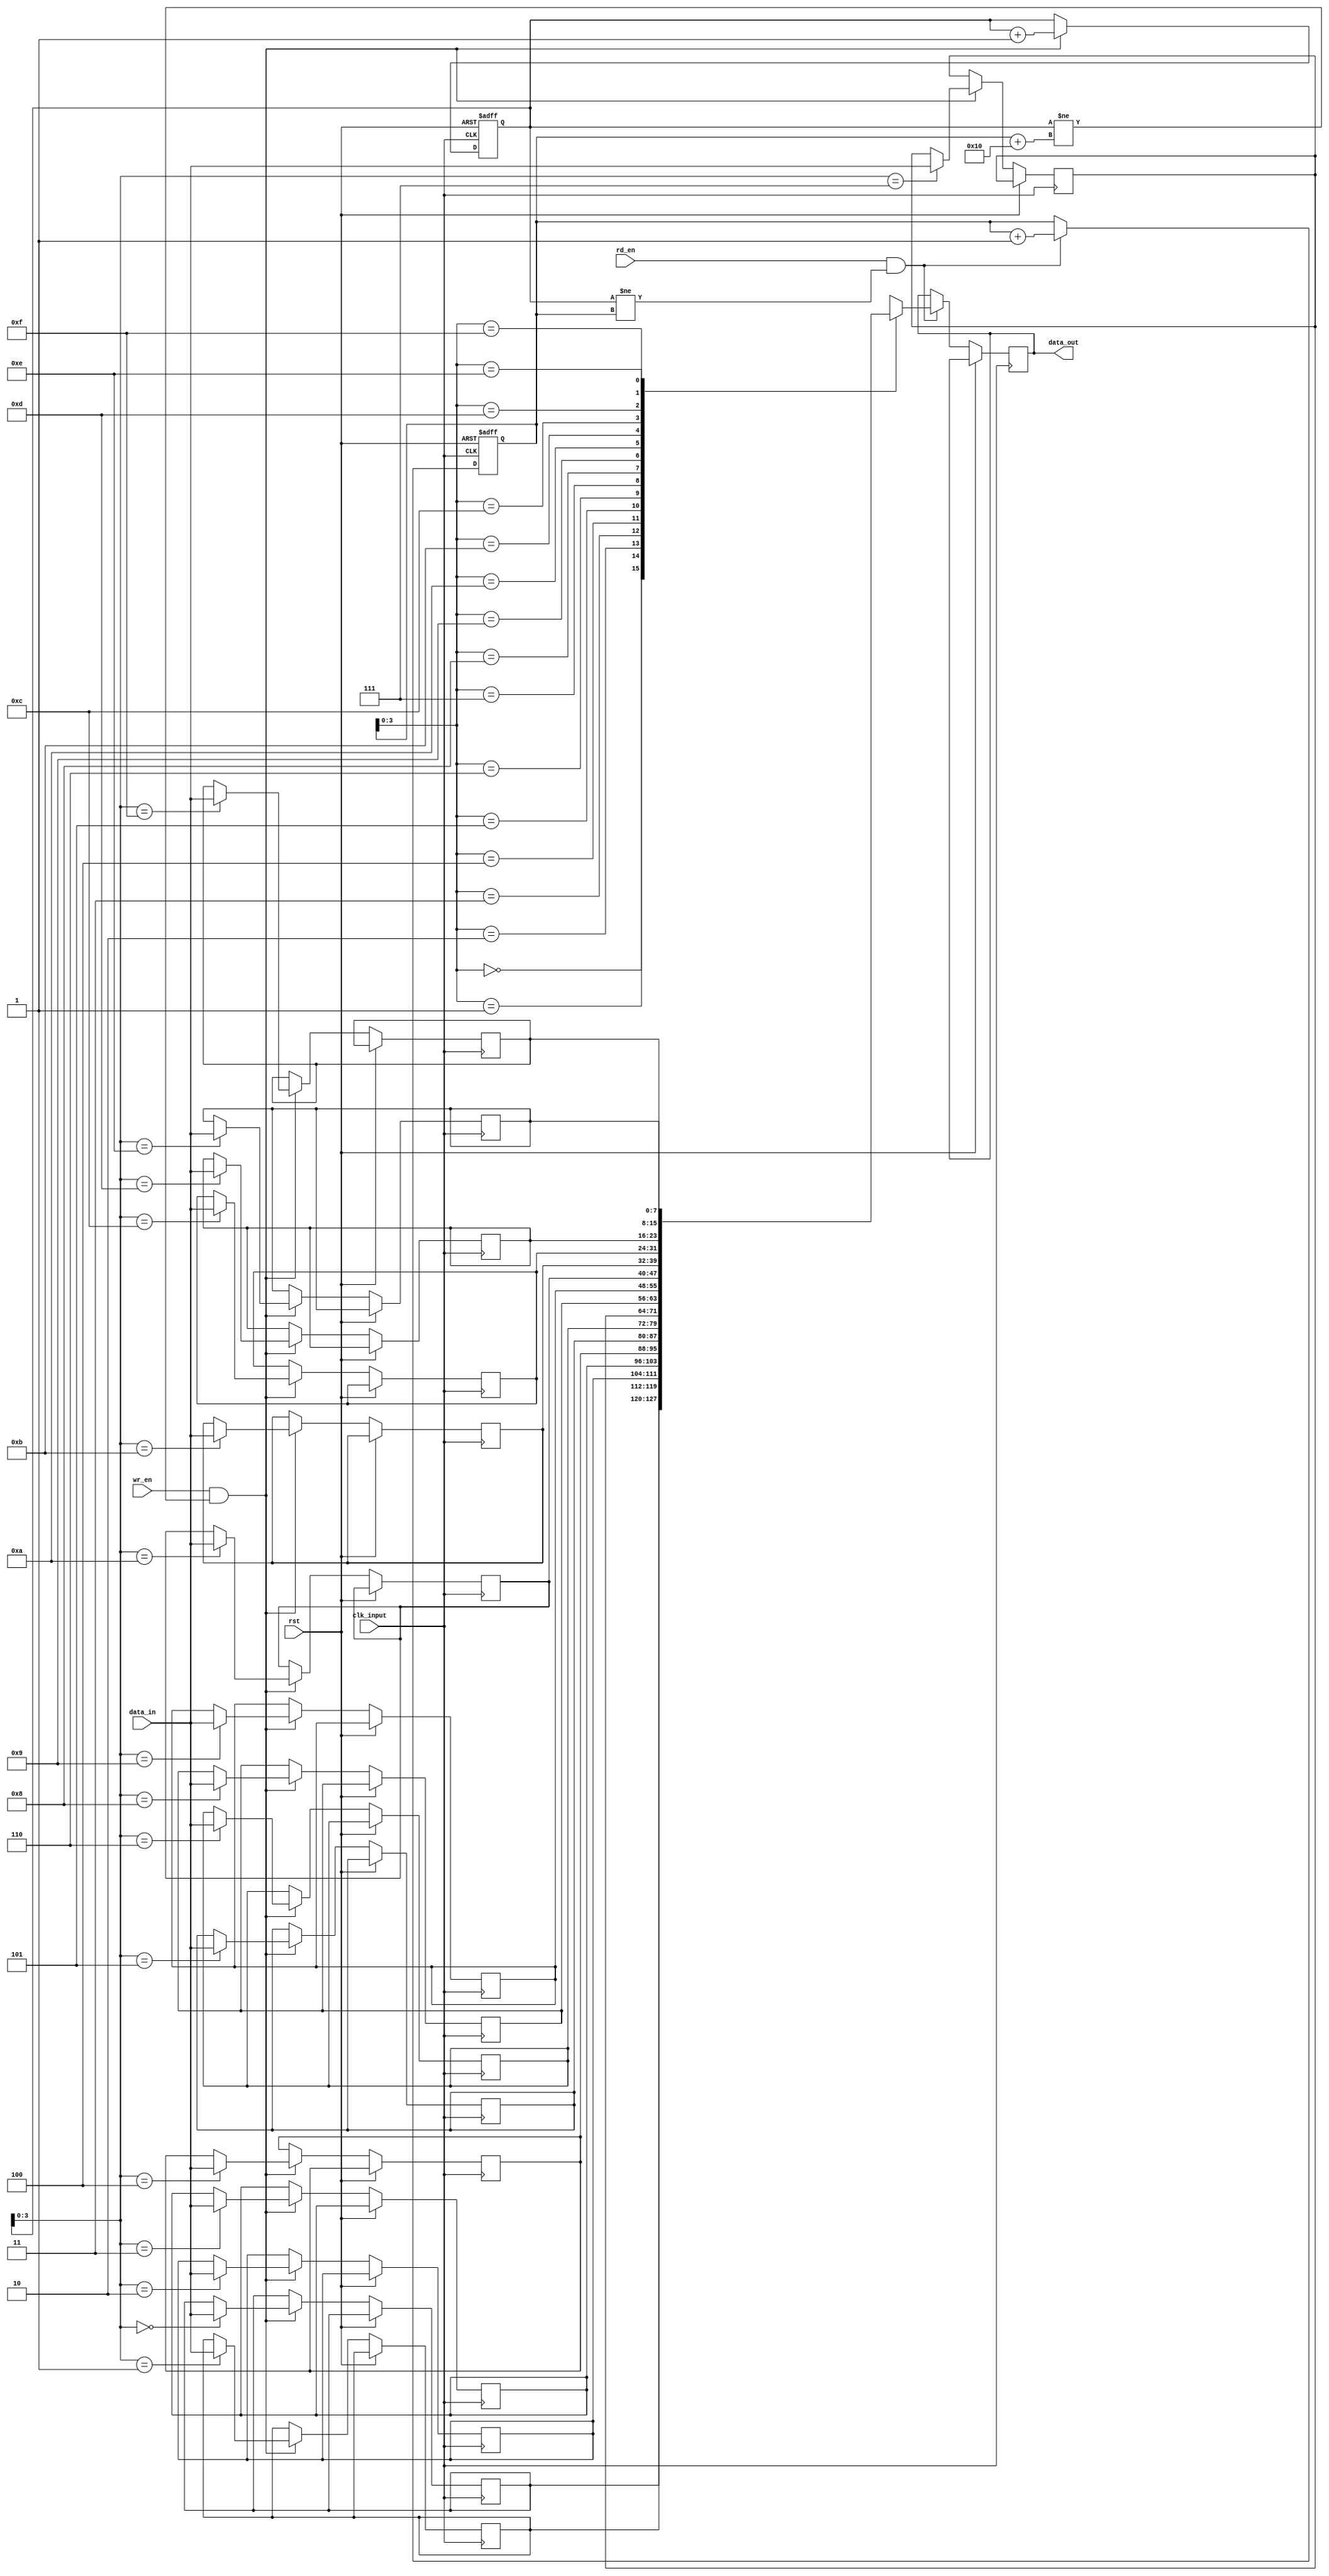
module FIFO (
    input wire clk_input,
    input wire rst,
    input wire wr_en,
    input wire rd_en,
    input wire [DATA_WIDTH-1:0] data_in,
    output reg [DATA_WIDTH-1:0] data_out
);

parameter DEPTH = 16; // Depth of the FIFO buffer
parameter DATA_WIDTH = 8; // Width of the data bus

reg [DATA_WIDTH-1:0] buffer [DEPTH-1:0]; // FIFO buffer
reg [DEPTH-1:0] head, tail;

always @(posedge clk_input or posedge rst) begin
    if (rst) begin
        head <= 0;
        tail <= 0;
    end else begin
        if (wr_en && (head != tail + DEPTH)) begin
            buffer[head] <= data_in;
            head <= head + 1;
        end
        if (rd_en && (head != tail)) begin
            data_out <= buffer[tail];
            tail <= tail + 1;
        end
    end
end

endmodule